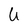
Character: U